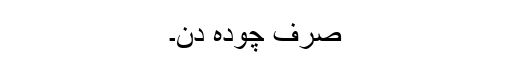
صرف چودہ دن۔